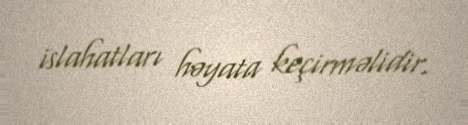
islahatları həyata keçirməlidir.